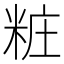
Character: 粧